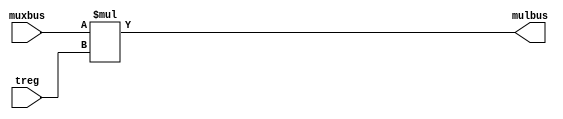
`timescale 1ns/1ns
module multiplier(input [15:0]treg,muxbus, output [15:0] mulbus);
  assign mulbus= muxbus * treg;
endmodule